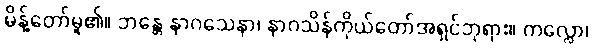
မိန့်တော်မူ၏။ ဘန္တေ နာဂသေနာ၊ နာဂသိန်ကိုယ်တော်အရှင်ဘုရား။ ကလ္လော၊